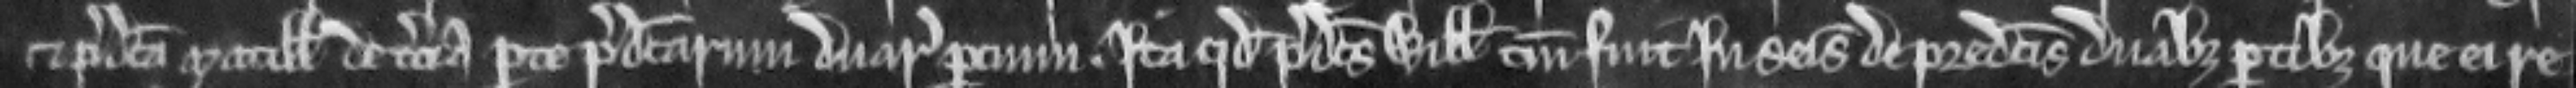
et predicta Matillis de tercia parte predictarum duarum parcium ita quod predictus Willelmus tantum fuit in seisina de predictis duabus partibus que ei re